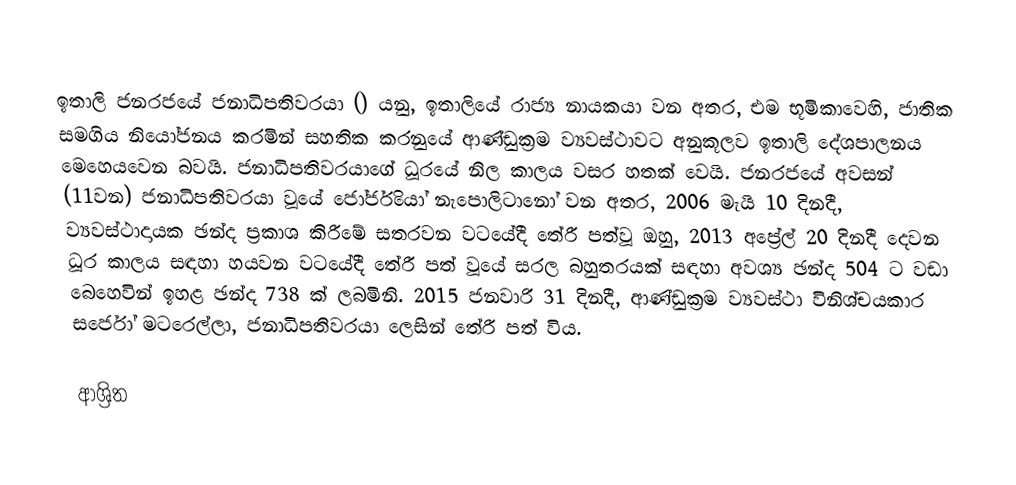
ඉතාලි ජනරජයේ ජනාධිපතිවරයා () යනු, ඉතාලියේ රාජ්‍ය නායකයා වන අතර, එම භූමිකාවෙහි, ජාතික සමගිය නියෝජනය කරමින් සහතික කරනුයේ ආණ්ඩුක්‍රම ව්‍යවස්ථාවට අනුකූලව ඉතාලි දේශපාලනය මෙහෙයවෙන බවයි.  ජනාධිපතිවරයාගේ ධූරයේ නිල කාලය වසර හතක් වෙයි. ජනරජයේ අවසන් (11වන) ජනාධිපතිවරයා වූයේ  ජෝර්ජියෝ නැපොලිටානෝ වන අතර,   2006 මැයි 10 දිනදී, ව්‍යවස්ථාදායක ඡන්ද ප්‍රකාශ කිරීමේ සතරවන වටයේදී තේරී පත්වූ ඔහු, 2013 අප්‍රේල් 20 දිනදී  දෙවන ධූර කාලය සඳහා හයවන වටයේදී තේරී පත් වූයේ සරල බහුතරයක් සඳහා අවශ්‍ය ඡන්ද 504 ට වඩා බෙහෙවින් ඉහළ ඡන්ද 738 ක් ලබමිනි. 2015 ජනවාරි 31 දිනදී, ආණ්ඩුක්‍රම ව්‍යවස්ථා විනිශ්චයකාර සර්ජෝ මටරෙල්ලා, ජනාධිපතිවරයා ලෙසින් තේරී පත් විය.

ආශ්‍රිත